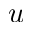
u